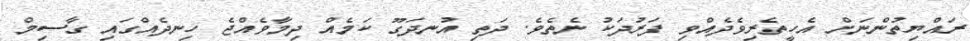
ރައްޔިތުންނަށް އެހީތެރިވެދެއްވި ފަރުދަކު ނެތެވެ. ދަތި އުނދަގޫ ކަމެއް ދިމާވެއްޖެ ހިނދެއްގައި ގާސިމް